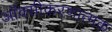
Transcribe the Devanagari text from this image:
ऑक्सीकरणात्मक